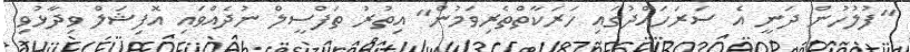
"ފުލުހުން ދަނީ އެ ސަރަހައްދުގައި ހަރަކާތްތެރިވަމުން" އިތުރު ތަފްސީލް ނުދެއްވައި އޮފިޝަލް ވިދާޅުވި